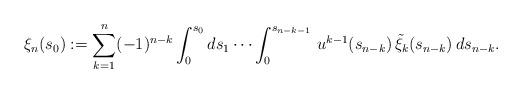
LaTeX: \begin{align*}\xi_n(s_0):=\sum_{k=1}^n(-1)^{n-k}\int_0^{s_0}ds_1\cdots\int_0^{s_{n-k-1}}\,u^{k-1}(s_{n-k})\,\tilde\xi_k(s_{n-k})\,ds_{n-k}.\end{align*}